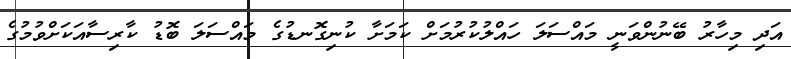
އަދި މިހާރު ބޭނުންވަނީ މައްސަލަ ހައްލުކުރުމަށް ކަމަށާ ކުނިގޮނޑުގެ މައްސަލަ ބޮޑު ކާރިސާއަކަށްވުމުގެ